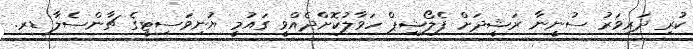
ކުރި ދަރިވަރު ސުނީނާ ރަޝީދަށް ފެލޯޝިޕް ހަވާލުކޮށްދެއްވީ ގައުމީ ޔުނިވަސިޓީގެ ޗާންސެލާ ޑރ.